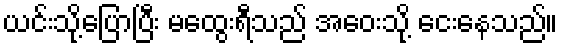
ယင်းသို့ပြောပြီး မထွေးရီသည် အဝေးသို့ ငေးနေသည်။